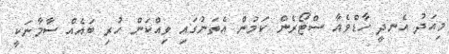
މިއަދު އެނދީ ހާޑްވެއާ ސްޓޯރެން ކަމުން އެތަނުގައި ވިއްކަން ހުރި ބައެއް ސާމާނަކީ